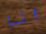
انا